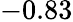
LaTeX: -0.83